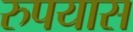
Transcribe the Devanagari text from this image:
रुपयास